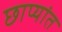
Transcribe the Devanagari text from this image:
छाप्यांत